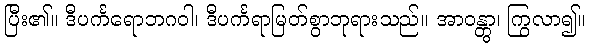
ပြီး၏။ ဒီပင်္ကရောဘဂဝါ၊ ဒီပင်္ကရာမြတ်စွာဘုရားသည်။ အာဝန္တွာ၊ ကြွလာ၍။